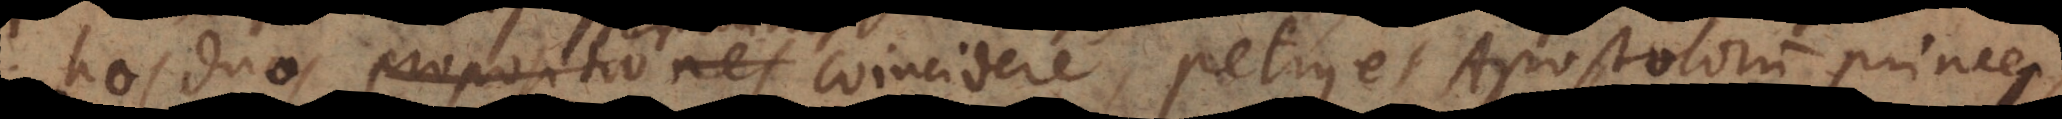
hos duos terminos coincidere, Petrus et Apostolorum princeps,